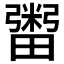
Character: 𤳕